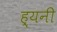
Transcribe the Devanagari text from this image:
ह्यनी